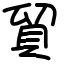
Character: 貿